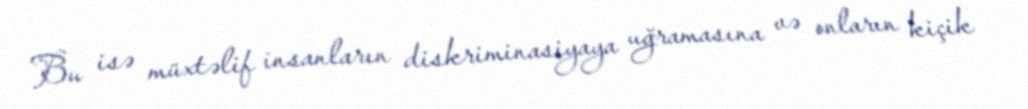
Bu isə müxtəlif insanların diskriminasiyaya uğramasına və onların kiçik